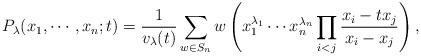
LaTeX: \begin{align*}P_{\lambda}(x_1,\cdots,x_n;t) = \frac{1}{v_{\lambda}(t)} \sum_{w \in S_n}w \left(x_1^{\lambda_1} \cdots x_n^{\lambda_n} \prod_{i<j} \frac{x_i-tx_j}{x_i-x_j} \right),\end{align*}